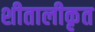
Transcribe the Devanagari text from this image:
शीतालीकृत